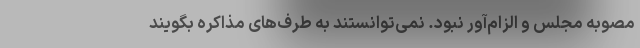
مصوبه مجلس و الزام‌آور نبود. نمی‌توانستند به طرف‌های مذاکره بگویند